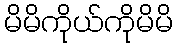
မိမိကိုယ်ကိုမိမိ